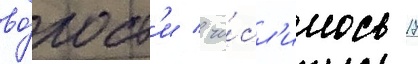
во́лост'и / чи́сл'илось 17